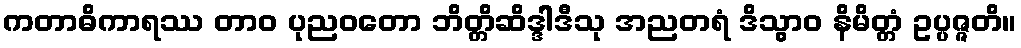
ကတာဓိကာရဿ တာဝ ပုညဝတော ဘိတ္တိဆိဒ္ဒါဒီသု အညတရံ ဒိသွာဝ နိမိတ္တံ ဥပ္ပဇ္ဇတိ။